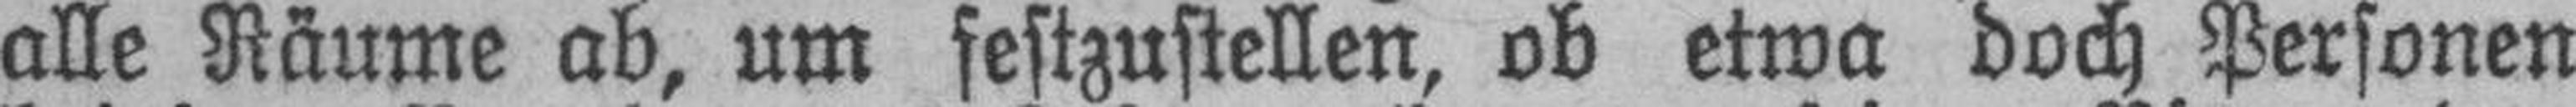
alle Räume ab, um festzustellen, ob etwa doch Personen